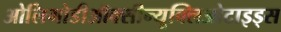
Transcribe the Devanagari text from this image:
ओलिगोडीऑक्सीन्यूक्लिओटाइड्स